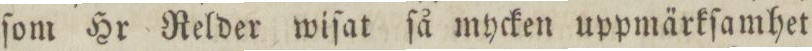
ſom Hr Relder wiſat ſå mycken uppmärkſamhet